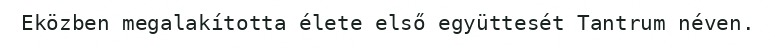
Eközben megalakította élete első együttesét Tantrum néven.